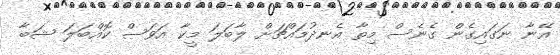
އޭނާ ނަގައިގެން ގެނެސް މިތާ އެނދުމައްޗަށް ލާބަލަ މީކާ އަވަސް ކޮއްބަލަ ޝަބާ